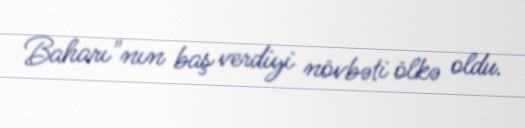
Baharı"nın baş verdiyi növbəti ölkə oldu.